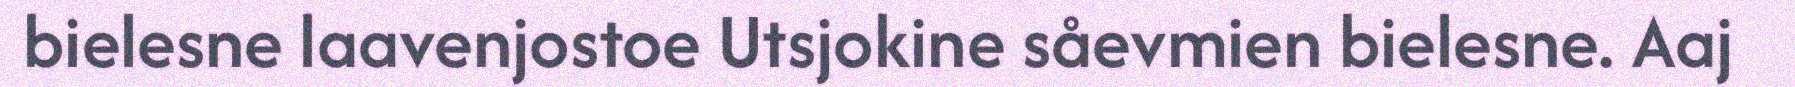
bielesne laavenjostoe Utsjokine såevmien bielesne. Aaj